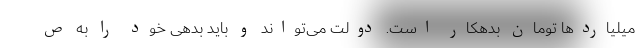
میلیاردها تومان بدهکار است. دولت می‌تواند و باید بدهی خود را به ص